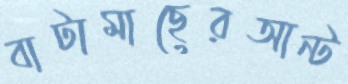
বাটামাছেরআন্ট